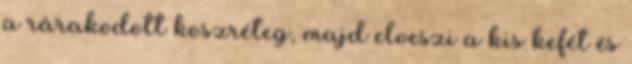
a rárakodott koszréteg, majd elveszi a kis kefét és